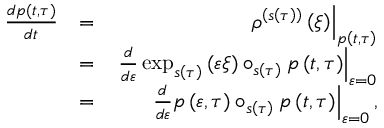
\begin{array} { r l r } { \frac { d p \left( t , \tau \right) } { d t } } & { = } & { \left. \rho ^ { \left( s \left( \tau \right) \right) } \left( \xi \right) \right\vert _ { p \left( t , \tau \right) } } \\ & { = } & { \left. \frac { d } { d \varepsilon } \exp _ { s \left( \tau \right) } \left( \varepsilon \xi \right) \circ _ { s \left( \tau \right) } p \left( t , \tau \right) \right\vert _ { \varepsilon = 0 } } \\ & { = } & { \left. \frac { d } { d \varepsilon } p \left( \varepsilon , \tau \right) \circ _ { s \left( \tau \right) } p \left( t , \tau \right) \right\vert _ { \varepsilon = 0 } \mathrm { , } } \end{array}